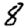
Digit: 8